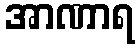
အာဏာရ